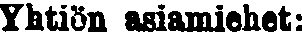
Yhtiön asiamiehet: